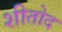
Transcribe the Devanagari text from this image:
शीतोद